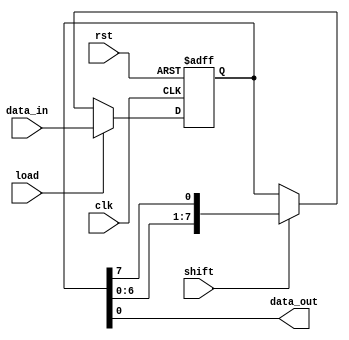
module piso_shift_register (
  input clk,      // Clock input
  input rst,      // Reset input
  input load,     // Load input
  input shift,    // Shift input
  input [7:0] data_in,  // Parallel input data
  output reg data_out  // Serial output data
);

reg [7:0] reg_data;  // Register data

always @ (posedge clk or posedge rst) begin
  if (rst) begin
    reg_data <= 8'h00;
  end
  else begin
    if (load) begin
      reg_data <= data_in;
    end
    else if (shift) begin
      reg_data <= {reg_data[6:0], reg_data[7]};
    end
  end
end

assign data_out = reg_data[0];

endmodule